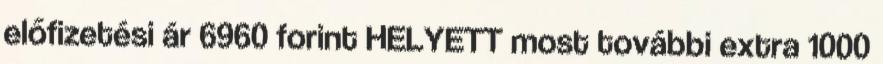
előfizetési ár 6960 forint HELYETT most további extra 1000